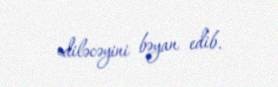
ediləcəyini bəyan edib.